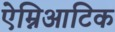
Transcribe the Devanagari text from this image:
ऐम्निआटिक